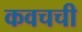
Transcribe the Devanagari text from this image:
कवचची